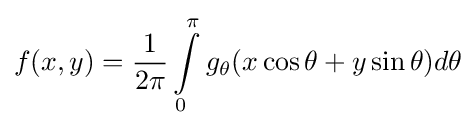
f(x,y)={\frac {1}{2\pi }}\int \limits _{0}^{\pi }g_{\theta }(x\cos \theta +y\sin \theta )d\theta